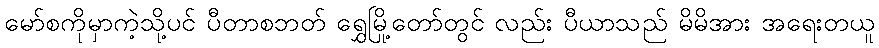
မော်စကိုမှာကဲ့သို့ပင် ပီတာစဘတ် ရွှေမြို့တော်တွင် လည်း ပီယာသည် မိမိအား အရေးတယူ